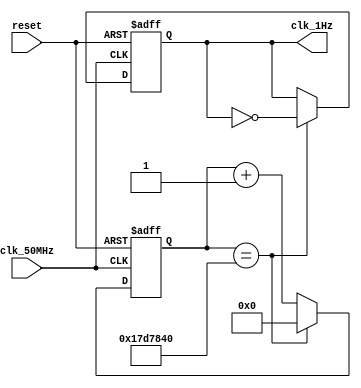
module Freq_divider(clk_50MHz, reset, clk_1Hz);

input  clk_50MHz, reset;
output reg clk_1Hz;
reg [31:0] cnt;

always@( posedge clk_50MHz or negedge reset ) begin
	if(!reset)
	begin 
		cnt <= 32'd0;
		clk_1Hz <= 1'b0;
	end
	else
	begin
		if(cnt == 32'd25000000)
		begin
			cnt <= 32'd0;
			clk_1Hz <= ~clk_1Hz;
		end
		else
		begin
			cnt <= cnt + 32'd1;
		end
	end
end

endmodule